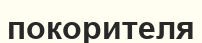
покорителя